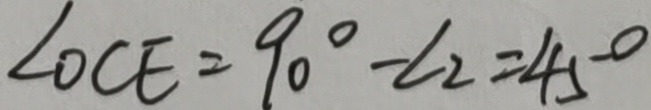
\angle O C E = 9 0 ^ { \circ } - \angle 2 = 4 5 ^ { \circ }